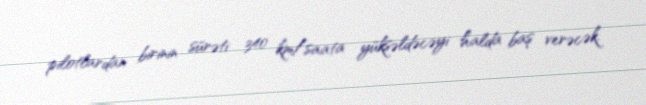
pilotlardan birinin sürəti 340 km/saata yüksəldəcəyi halda baş verəcək.